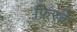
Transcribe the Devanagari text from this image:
फ़िरक़े